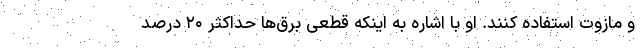
و مازوت استفاده کنند. او با اشاره به اینکه قطعی برق‌ها حداکثر ۲۰ درصد